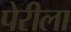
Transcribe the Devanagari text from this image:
पेरीला